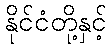
နိုင်ငံတို့နှင့်